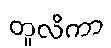
တူလိကာ